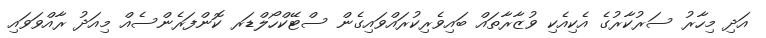
އަދި މިހާރު ސަރުކާރުގެ އެކިއެކި ވުޒާރާތައް ބައިވެރިކުރައްވައިގެން ސްޓޭކްހޯލްޑަރ ކޮންފަރެންސެއް މިއަދު ރާއްވަވައި